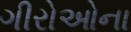
ગીરોઓના